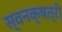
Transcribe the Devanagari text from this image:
स्वनक्षत्री